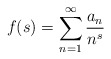
\begin{gather*}f(s)=\sum_{n=1}^\infty\frac{a_n}{n^s}\end{gather*}